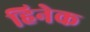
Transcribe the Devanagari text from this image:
हिनेक